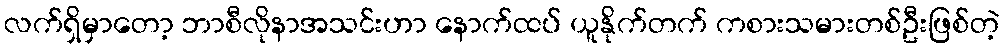
လက်ရှိမှာတော့ ဘာစီလိုနာအသင်းဟာ နောက်ထပ် ယူနိုက်တက် ကစားသမားတစ်ဦးဖြစ်တဲ့